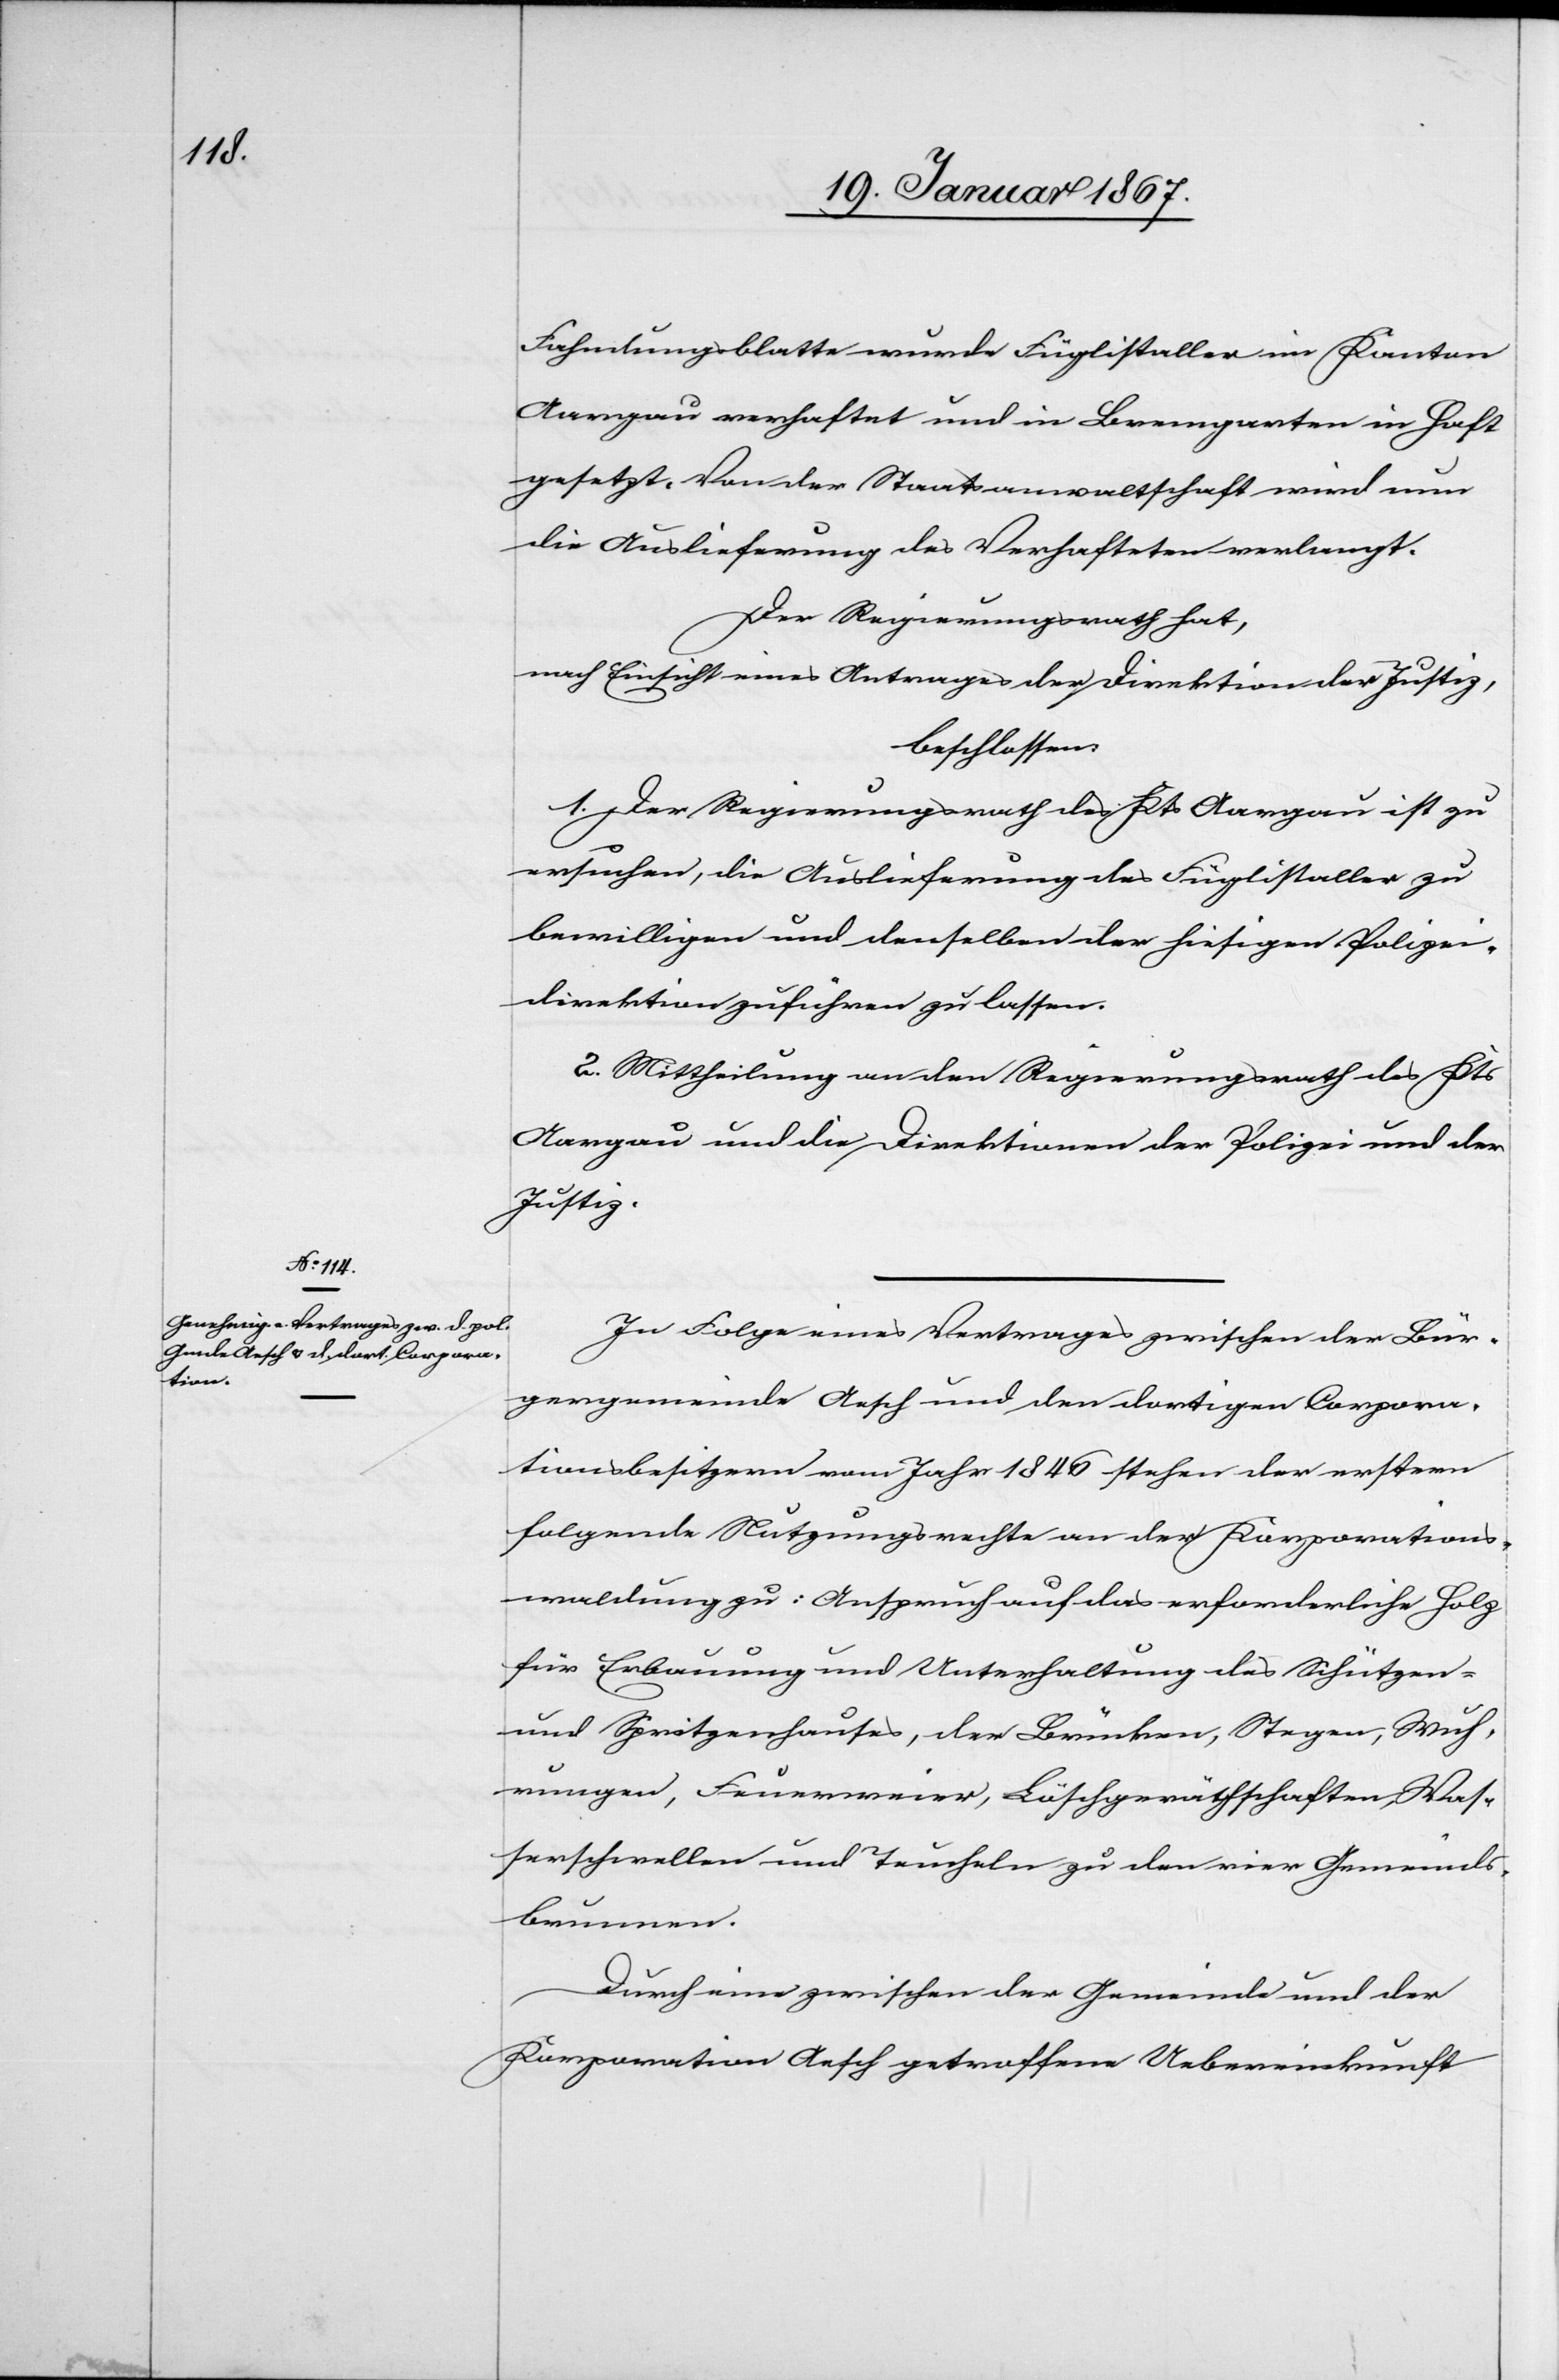
Fahndungsblatte wurde Füglistaller im Kanton
Aargau verhaftet und in Bremgarten in Haft
gesetzt. Von der Staatsanwaltschaft wird nun
die Auslieferung des Verhafteten verlangt.
Der Regierungsrath hat,
nach Einsicht eines Antrages der Direktion der Justiz,
beschlossen:
1. Der Regierungsrath des Kts Aargau ist zu
ersuchen, die Auslieferung des Füglistaller zu
bewilligen und denselben der hiesigen Polizei¬
direktion zuführen zu lassen.
2. Mittheilung an den Regierungsrath des Kts
Aargau und die Direktionen der Polizei und der
Justiz.
In Folge eines Vertrages zwischen der Bür¬
gergemeinde Aesch und den dortigen Corpora¬
tionsbesitzern vom Jahr 1846 stehen der erstern
folgende Nutzungsrechte an der Korporations¬
waldung zu: Anspruch auf das erforderliche Holz
für Erbauung und Unterhaltung des Schützen-
und Spritzenhauses, der Brücken, Stegen, Wuh¬
rungen, Feuerweier, Löschgeräthschaften, Was¬
serschnellen und Teucheln zu den vier Gemeinds¬
brunnen.
Durch eine zwischen der Gemeinde und der
Korporation Aesch getroffene Uebereinkunft